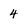
Character: 4